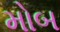
મોબ